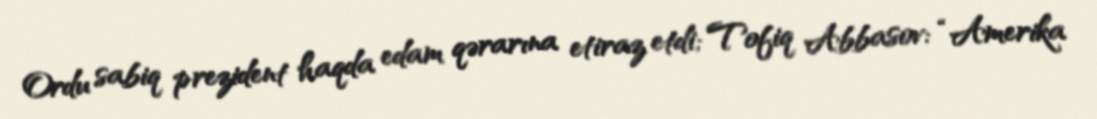
Ordu sabiq prezident haqda edam qərarına etiraz etdi; Tofiq Abbasov: “Amerika